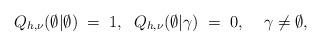
LaTeX: \begin{align*}Q_{h,\nu}(\emptyset |\emptyset)\;=\;1,\;\;Q_{h,\nu}(\emptyset |\gamma)\;=\;0,\;\;\;\;\gamma\neq\emptyset,\end{align*}